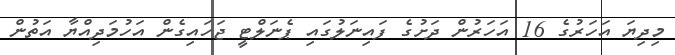
މިދިޔަ އަހަރުގެ 16 އަހަރުން ދަށުގެ ފައިނަލުގައި ޕެނަލްޓީ ޖަހައިގެން އަހުމަދިއްޔާ އަތުން